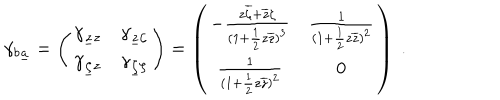
\gamma _ { b \underline { { a } } } = \left( \begin{matrix} { { \gamma _ { \underline { { z } } z } } } & { { \gamma _ { \underline { { z } } \zeta } } } \\ { { \gamma _ { \underline { { \zeta } } z } } } & { { \gamma _ { \underline { { \zeta } } \zeta } } } \\ \end{matrix} \right) = \left( \begin{matrix} { { - { \frac { z \overline { { \zeta } } + \overline { { z } } \zeta } { ( 1 + { \frac { 1 } { 2 } } z \overline { { z } } ) ^ { 3 } } } } } & { { { \frac { 1 } { ( 1 + { \frac { 1 } { 2 } } z \overline { { z } } ) ^ { 2 } } } } } \\ { { { \frac { 1 } { ( 1 + { \frac { 1 } { 2 } } z \overline { { z } } ) ^ { 2 } } } } } & { { 0 } } \\ \end{matrix} \right) \ .